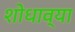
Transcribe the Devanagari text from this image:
शोधाव्या